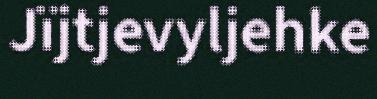
Jïjtjevyljehke